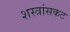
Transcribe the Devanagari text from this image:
शस्त्रांसकट